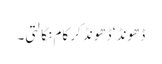
ڈھونڈ ‘ ڈھونڈ کر کام نکالتی۔